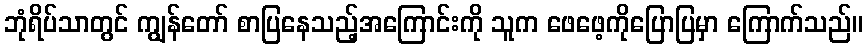
ဘုံရိပ်သာတွင် ကျွန်တော် စာပြနေသည့်အကြောင်းကို သူက ဖေဖေ့ကိုပြောပြမှာ ကြောက်သည်။